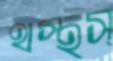
থস্‌থস্‌